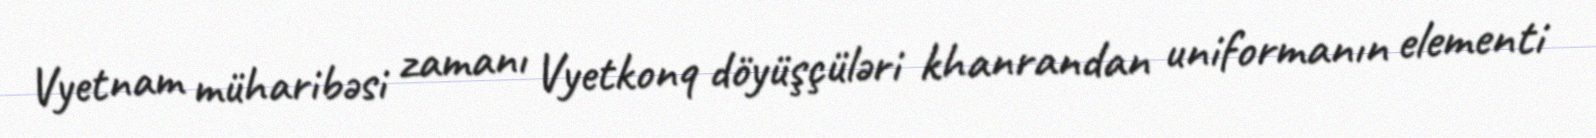
Vyetnam müharibəsi zamanı Vyetkonq döyüşçüləri khanrandan uniformanın elementi